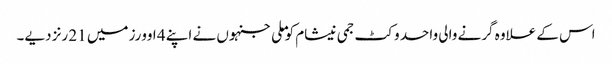
اس کے علاوہ گرنے والی واحد وکٹ جمی نیشام کو ملی جنہوں نے اپنے 4 اوورز میں 21 رنز دیے۔